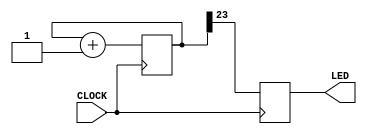
// blinking a LED

/* module */
module blinking (

    input CLOCK,
    output LED
    
);

    /* reg */
    reg [31:0] counter;
    reg state;
    
    /* assign */
    assign LED = state;
    
    /* always */
    always @ (posedge CLOCK) begin
        counter <= counter + 1;
        state <= counter[23]; // <------ data to change
    end

endmodule